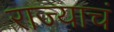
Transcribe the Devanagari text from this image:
राज्याचं